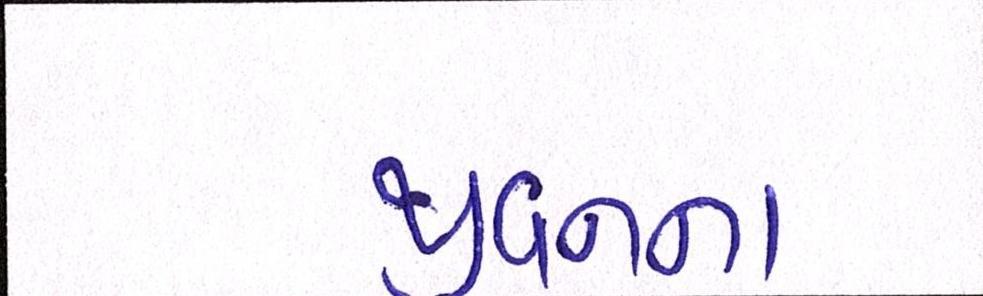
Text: જીવનના